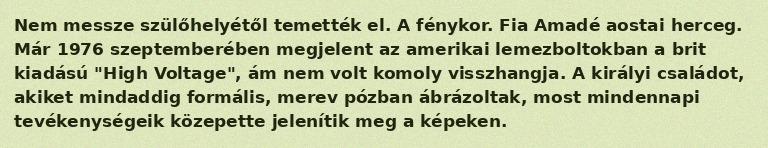
Nem messze szülőhelyétől temették el. A fénykor. Fia Amadé aostai herceg. Már 1976 szeptemberében megjelent az amerikai lemezboltokban a brit kiadású "High Voltage", ám nem volt komoly visszhangja. A királyi családot, akiket mindaddig formális, merev pózban ábrázoltak, most mindennapi tevékenységeik közepette jelenítik meg a képeken.